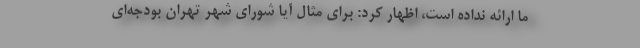
ما ارائه نداده است، اظهار کرد: برای مثال آیا شورای شهر تهران بودجه‌ای